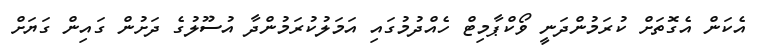
އެކަން އެގޮތަށް ކުރަމުންދަނީ ވޯކްޕާމިޓް ހެއްދުމުގައި އަމަލުކުރަމުންދާ އުސޫލުގެ ދަށުން ގައިން ގަޔަށް